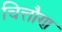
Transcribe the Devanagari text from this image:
चित्तौण